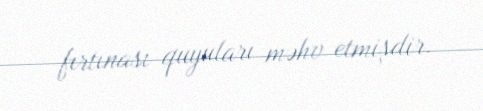
fırtınası quyuları məhv etmişdir.